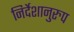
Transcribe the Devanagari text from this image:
निर्देशानुरुप